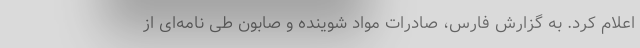
اعلام کرد. به گزارش فارس، صادرات مواد شوینده و صابون طی نامه‌ای از